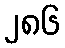
၂၈၆